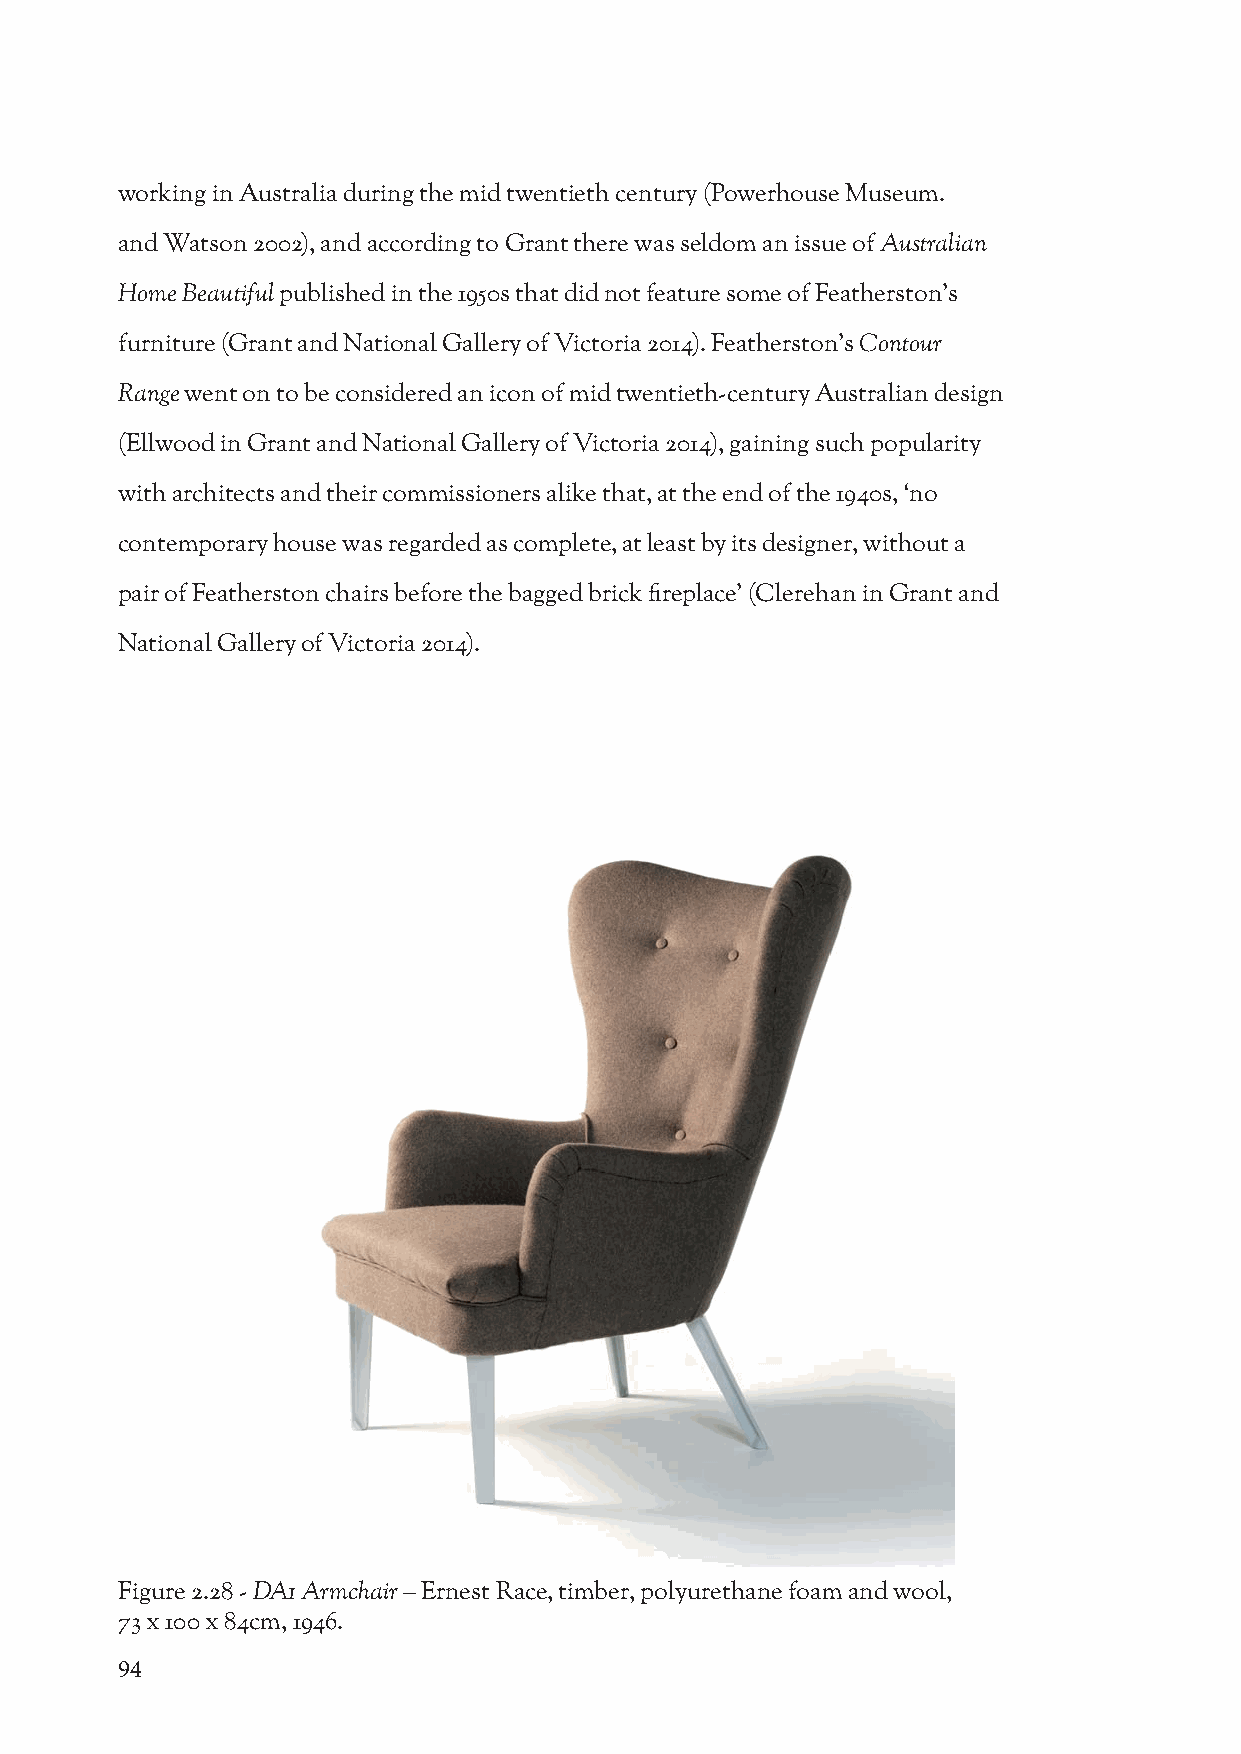
working in Australia during the mid twentieth century (Powerhouse Museum.
 and Watson 2002), and according to Grant there was seldom an issue of Australian
 Home Beautiful published in the 1950s that did not feature some of Featherston’s
 furniture (Grant and National Gallery of Victoria 2014). Featherston’s Contour
 Range went on to be considered an icon of mid twentieth-century Australian design
 (Ellwood in Grant and National Gallery of Victoria 2014), gaining such popularity
 with architects and their commissioners alike that, at the end of the 1940s, ‘no
 contemporary house was regarded as complete, at least by its designer, without a
 pair of Featherston chairs before the bagged brick fireplace’ (Clerehan in Grant and
 National Gallery of Victoria 2014).
 Figure 2.28 - DA1 Armchair – Ernest Race, timber, polyurethane foam and wool,
 73 x 100 x 84cm, 1946.
 94